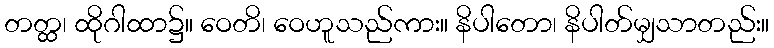
တတ္ထ၊ ထိုဂါထာ၌။ ဝေတိ၊ ဝေဟူသည်ကား။ နိပါတော၊ နိပါတ်မျှသာတည်း။